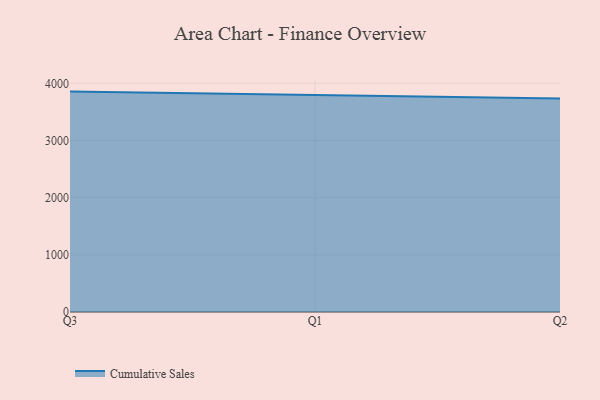
{"axis": {"x": "Quarter", "y": "Net Income (USD K)"}, "legend": ["Cumulative Sales"], "data": [{"x": "Q3", "y": 3855.0, "type": "Cumulative Sales"}, {"x": "Q1", "y": 3796.7, "type": "Cumulative Sales"}, {"x": "Q2", "y": 3733.3, "type": "Cumulative Sales"}]}